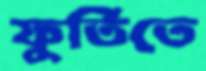
ফুর্তিতে